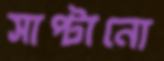
সাপ্‌টানো